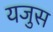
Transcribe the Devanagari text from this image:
यजुस